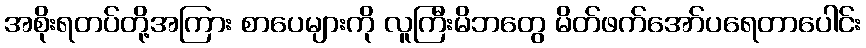
အစိုးရတပ်တို့အကြား စာပေများကို လူကြီးမိဘတွေ မိတ်ဖက်အော်ပရေတာပေါင်း